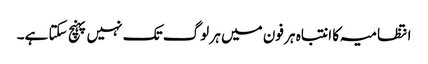
انتظامیہ کا انتباہ ہر فون میں ہر لوگ تک نہیں پہنچ سکتا ہے۔